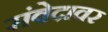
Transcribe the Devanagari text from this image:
संवेदावर